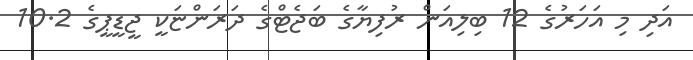
އަދި މި އަހަރުގެ 12 ބިލިއަން ރުފިޔާގެ ބަޖެޓްގެ ދަރަންޏަކީ ޖީޑީޕީގެ 10.2